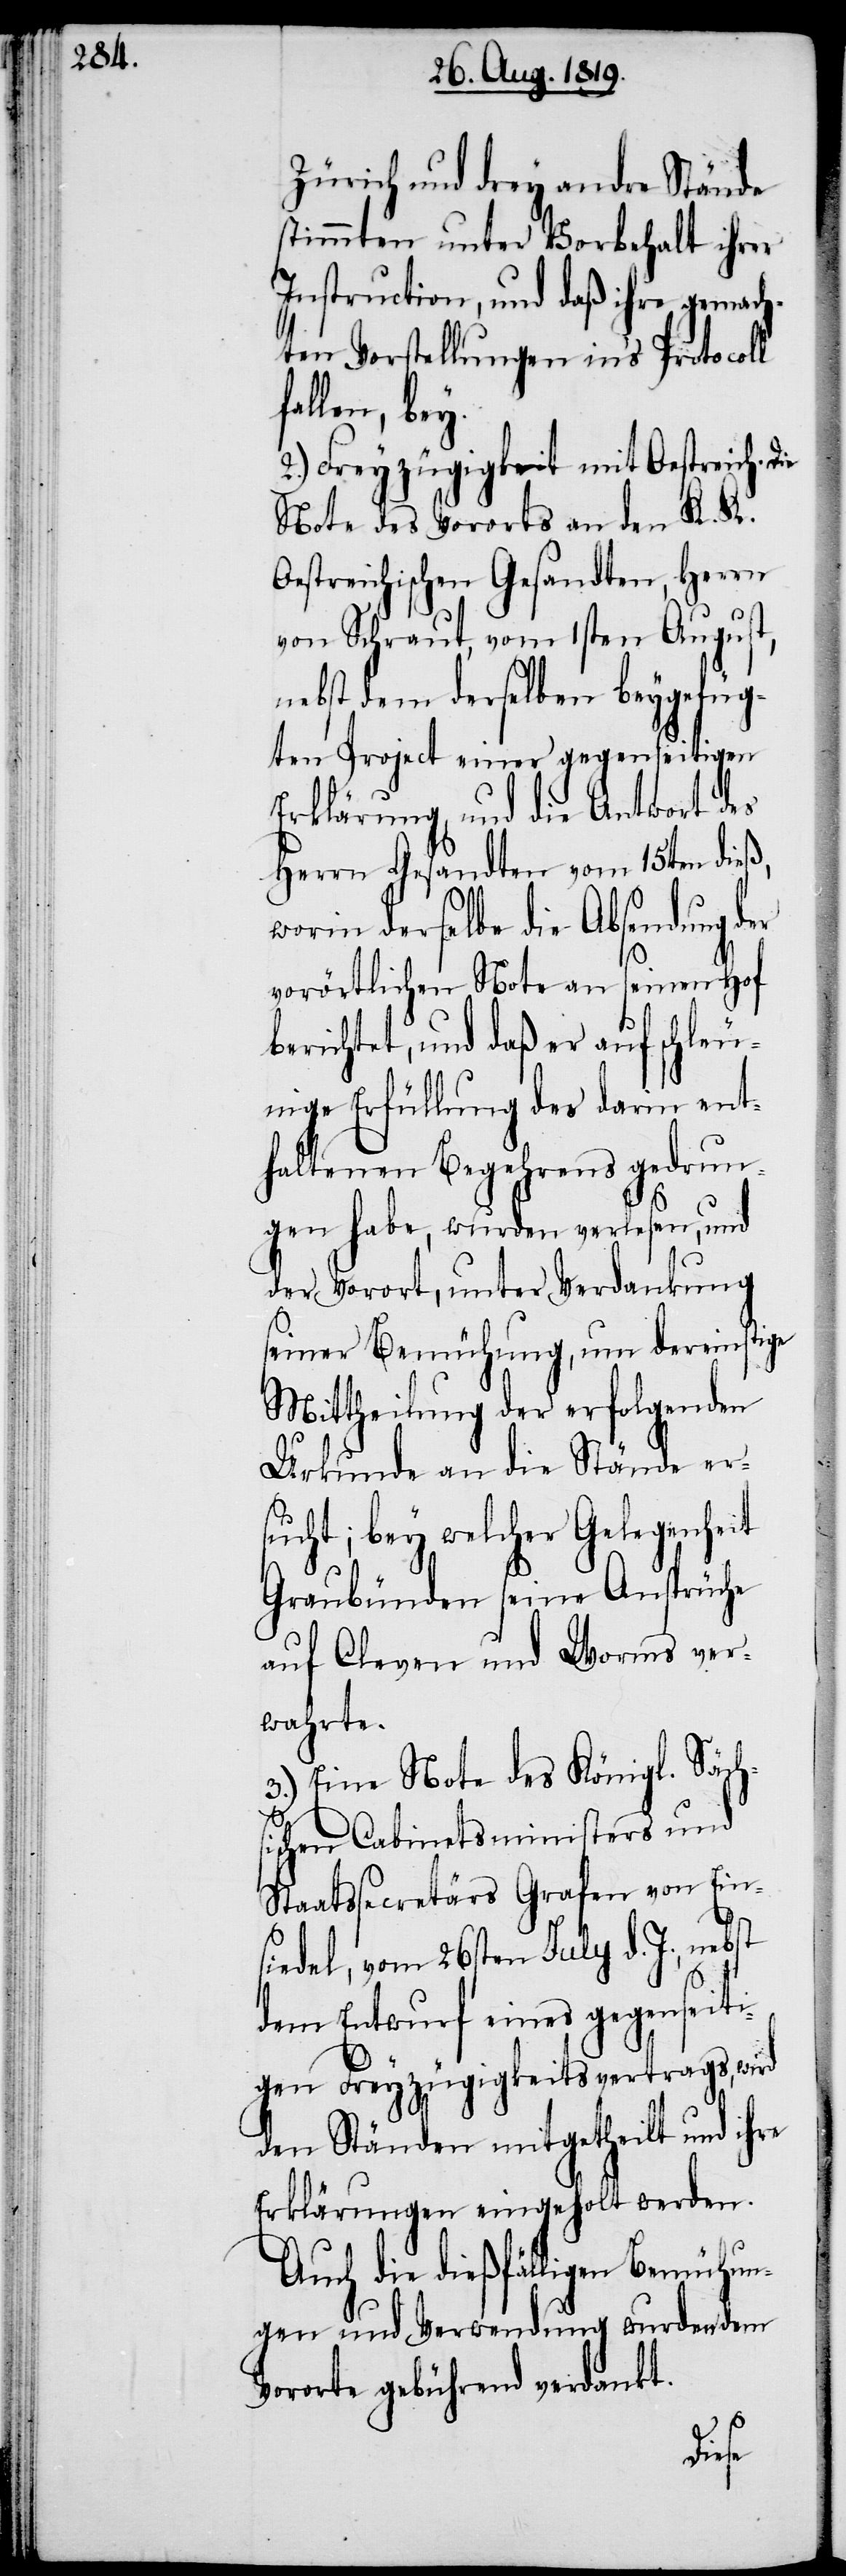
Zürich und drey andre Stände
stimmten unter Vorbehalt ihrer
Instruction, und daß ihre gemach¬
ten Vorstellungen in’s Protocoll
fallen, bey.
2.) Freyzügigkeit mit Oestreich.
Note des Vororts an den K. K.
Oestreichischen Gesandten, Herrn
von Schraut, vom 1sten August,
nebst dem derselben beygefüg¬
ten Project einer gegenseitigen
Erklärung, und die Antwort des
Herrn Gesandten vom 15ten dieß,
worin derselbe die Absendung der
vorörtlichen Note an seinen Hof
berichtet, und daß er auf schleu¬
nige Erfüllung des darin ent¬
haltenen Begehrens gedrun¬
gen habe, wurden verlesen, und
der Vorort, unter Verdankung
seiner Bemühung, um dereinstige
Mittheilung der erfolgenden
Urkunde an die Stände er¬
sucht; bey welcher Gelegenheit
Graubünden seine Ansprüche
auf Cleven und Worms ver¬
wahrte.
3.) Eine Note des Königl. Sächs¬
ischen Cabinetsministers und
Staatssecretärs Grafen von Ein¬
siedel, vom 26sten July d. J., nebst
dem Entwurf eines gegenseiti¬
gen Freyzügigkeitsvertrags, wird
den Ständen mitgetheilt und ihre
Erklärungen eingeholt werden.
Auch die dießfälligen Bemühun¬
gen und Verwendung wurden dem
Vororte gebührend verdankt.
Die